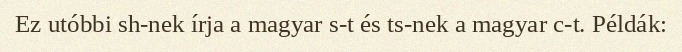
Ez utóbbi sh-nek írja a magyar s-t és ts-nek a magyar c-t. Példák: